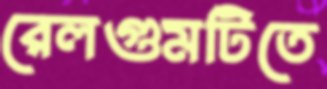
রেলগুমটিতে